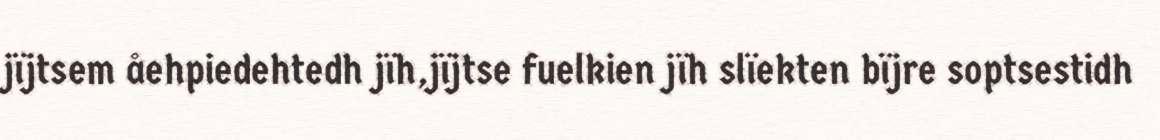
jïjtsem åehpiedehtedh jïh,jïjtse fuelkien jïh slïekten bïjre soptsestidh